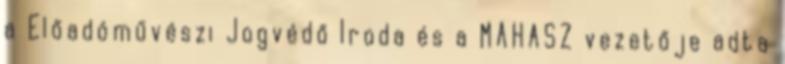
a Előadóművészi Jogvédő Iroda és a MAHASZ vezetője adta